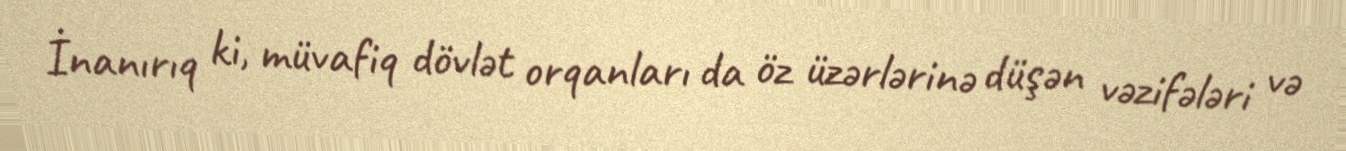
İnanırıq ki, müvafiq dövlət orqanları da öz üzərlərinə düşən vəzifələri və